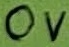
Text: 0V